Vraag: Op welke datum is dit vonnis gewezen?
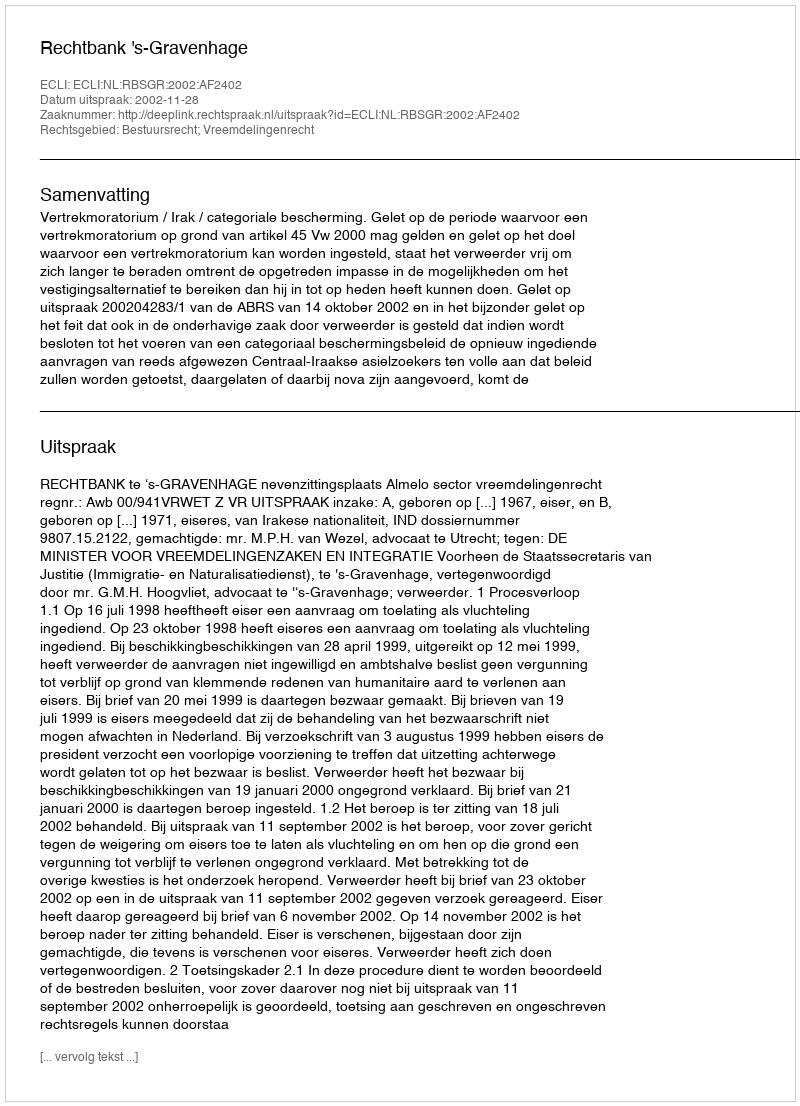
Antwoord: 2002-11-28